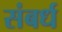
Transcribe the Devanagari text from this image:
संबर्ध